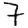
Digit: 7